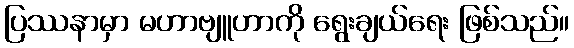
ပြဿနာမှာ မဟာဗျူဟာကို ရွေးချယ်ရေး ဖြစ်သည်။